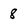
Character: 8